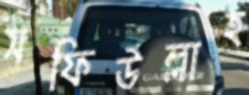
সফিউল্লাহ